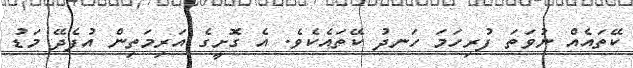
ކޭތައެއް ނުވަތަ ފުރިހަމަ ހަނދު ކޭތައެކެވެ. އެ ގޮށީގެ އަރިމަތިން އުފެދޭ މަޑު